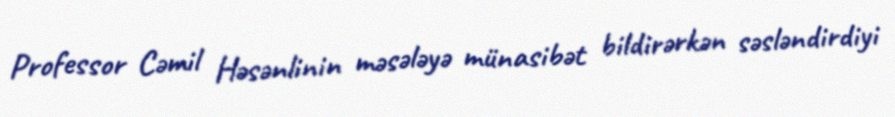
Professor Cəmil Həsənlinin məsələyə münasibət bildirərkən səsləndirdiyi